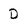
Character: D